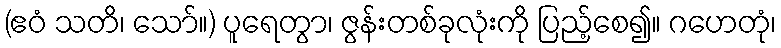
(ဧဝံ သတိ၊ သော်။) ပူရေတွာ၊ ဇွန်းတစ်ခုလုံးကို ပြည့်စေ၍။ ဂဟေတုံ၊